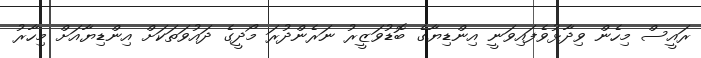
ރައީސް މިހެން ވިދާޅުވެފައިވަނީ އިންޑިޔާގެ ބޮޑުވަޒީރު ނަރެންދުރަ މޯދީގެ ދައުވަތަކަށް އިންޑިޔާއަށް މިހާރު